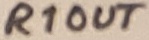
Text: R1OUT